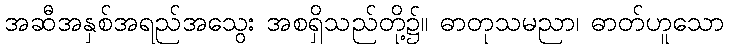
အဆီအနှစ်အရည်အသွေး အစရှိသည်တို့၌။ ဓာတုသမညာ၊ ဓာတ်ဟူသော